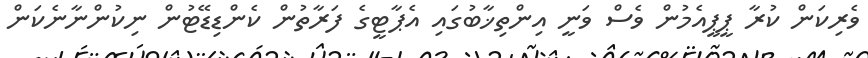
ވެރިކަން ކުރާ ޕީޕީއެމުން ވެސް ވަނީ އިންތިޚާބުގައި އެޕާޓީގެ ފަރާތުން ކެންޑިޑޭޓުން ނިކުންނާނެކަން